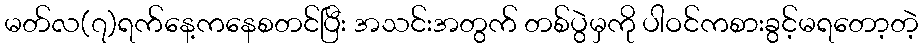
မတ်လ(၇)ရက်နေ့ကနေစတင်ပြီး အသင်းအတွက် တစ်ပွဲမှကို ပါဝင်ကစားခွင့်မရတော့တဲ့